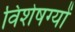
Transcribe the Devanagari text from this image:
विशेषग्यों